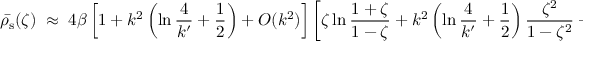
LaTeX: \bar { \rho _ { \mathrm { s } } } ( \zeta ) \; \approx \; 4 \beta \left[ 1 + k ^ { 2 } \left( \ln { \frac { 4 } { k ^ { \prime } } } + { \frac { 1 } { 2 } } \right) + O ( k ^ { 2 } ) \right] \left[ \zeta \ln { \frac { 1 + \zeta } { 1 - \zeta } } + k ^ { 2 } \left( \ln { \frac { 4 } { k ^ { \prime } } } + { \frac { 1 } { 2 } } \right) { \frac { \zeta ^ { 2 } } { 1 - \zeta ^ { 2 } } } + O ( k ^ { 2 } ) \right] \; ,